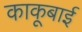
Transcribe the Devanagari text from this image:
काकूबाई